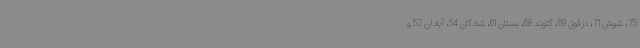
75، شوش 71، دزفول 69، گتوند 68، بستان 61، شادگان 54، آبادان 52 و